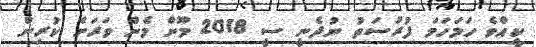
ކީއްވެ ހަމަހަމަ ފުރުސަތު ނުދެނީ ސީ 2018 މޫން މެން ވަރަށް ކުރިން